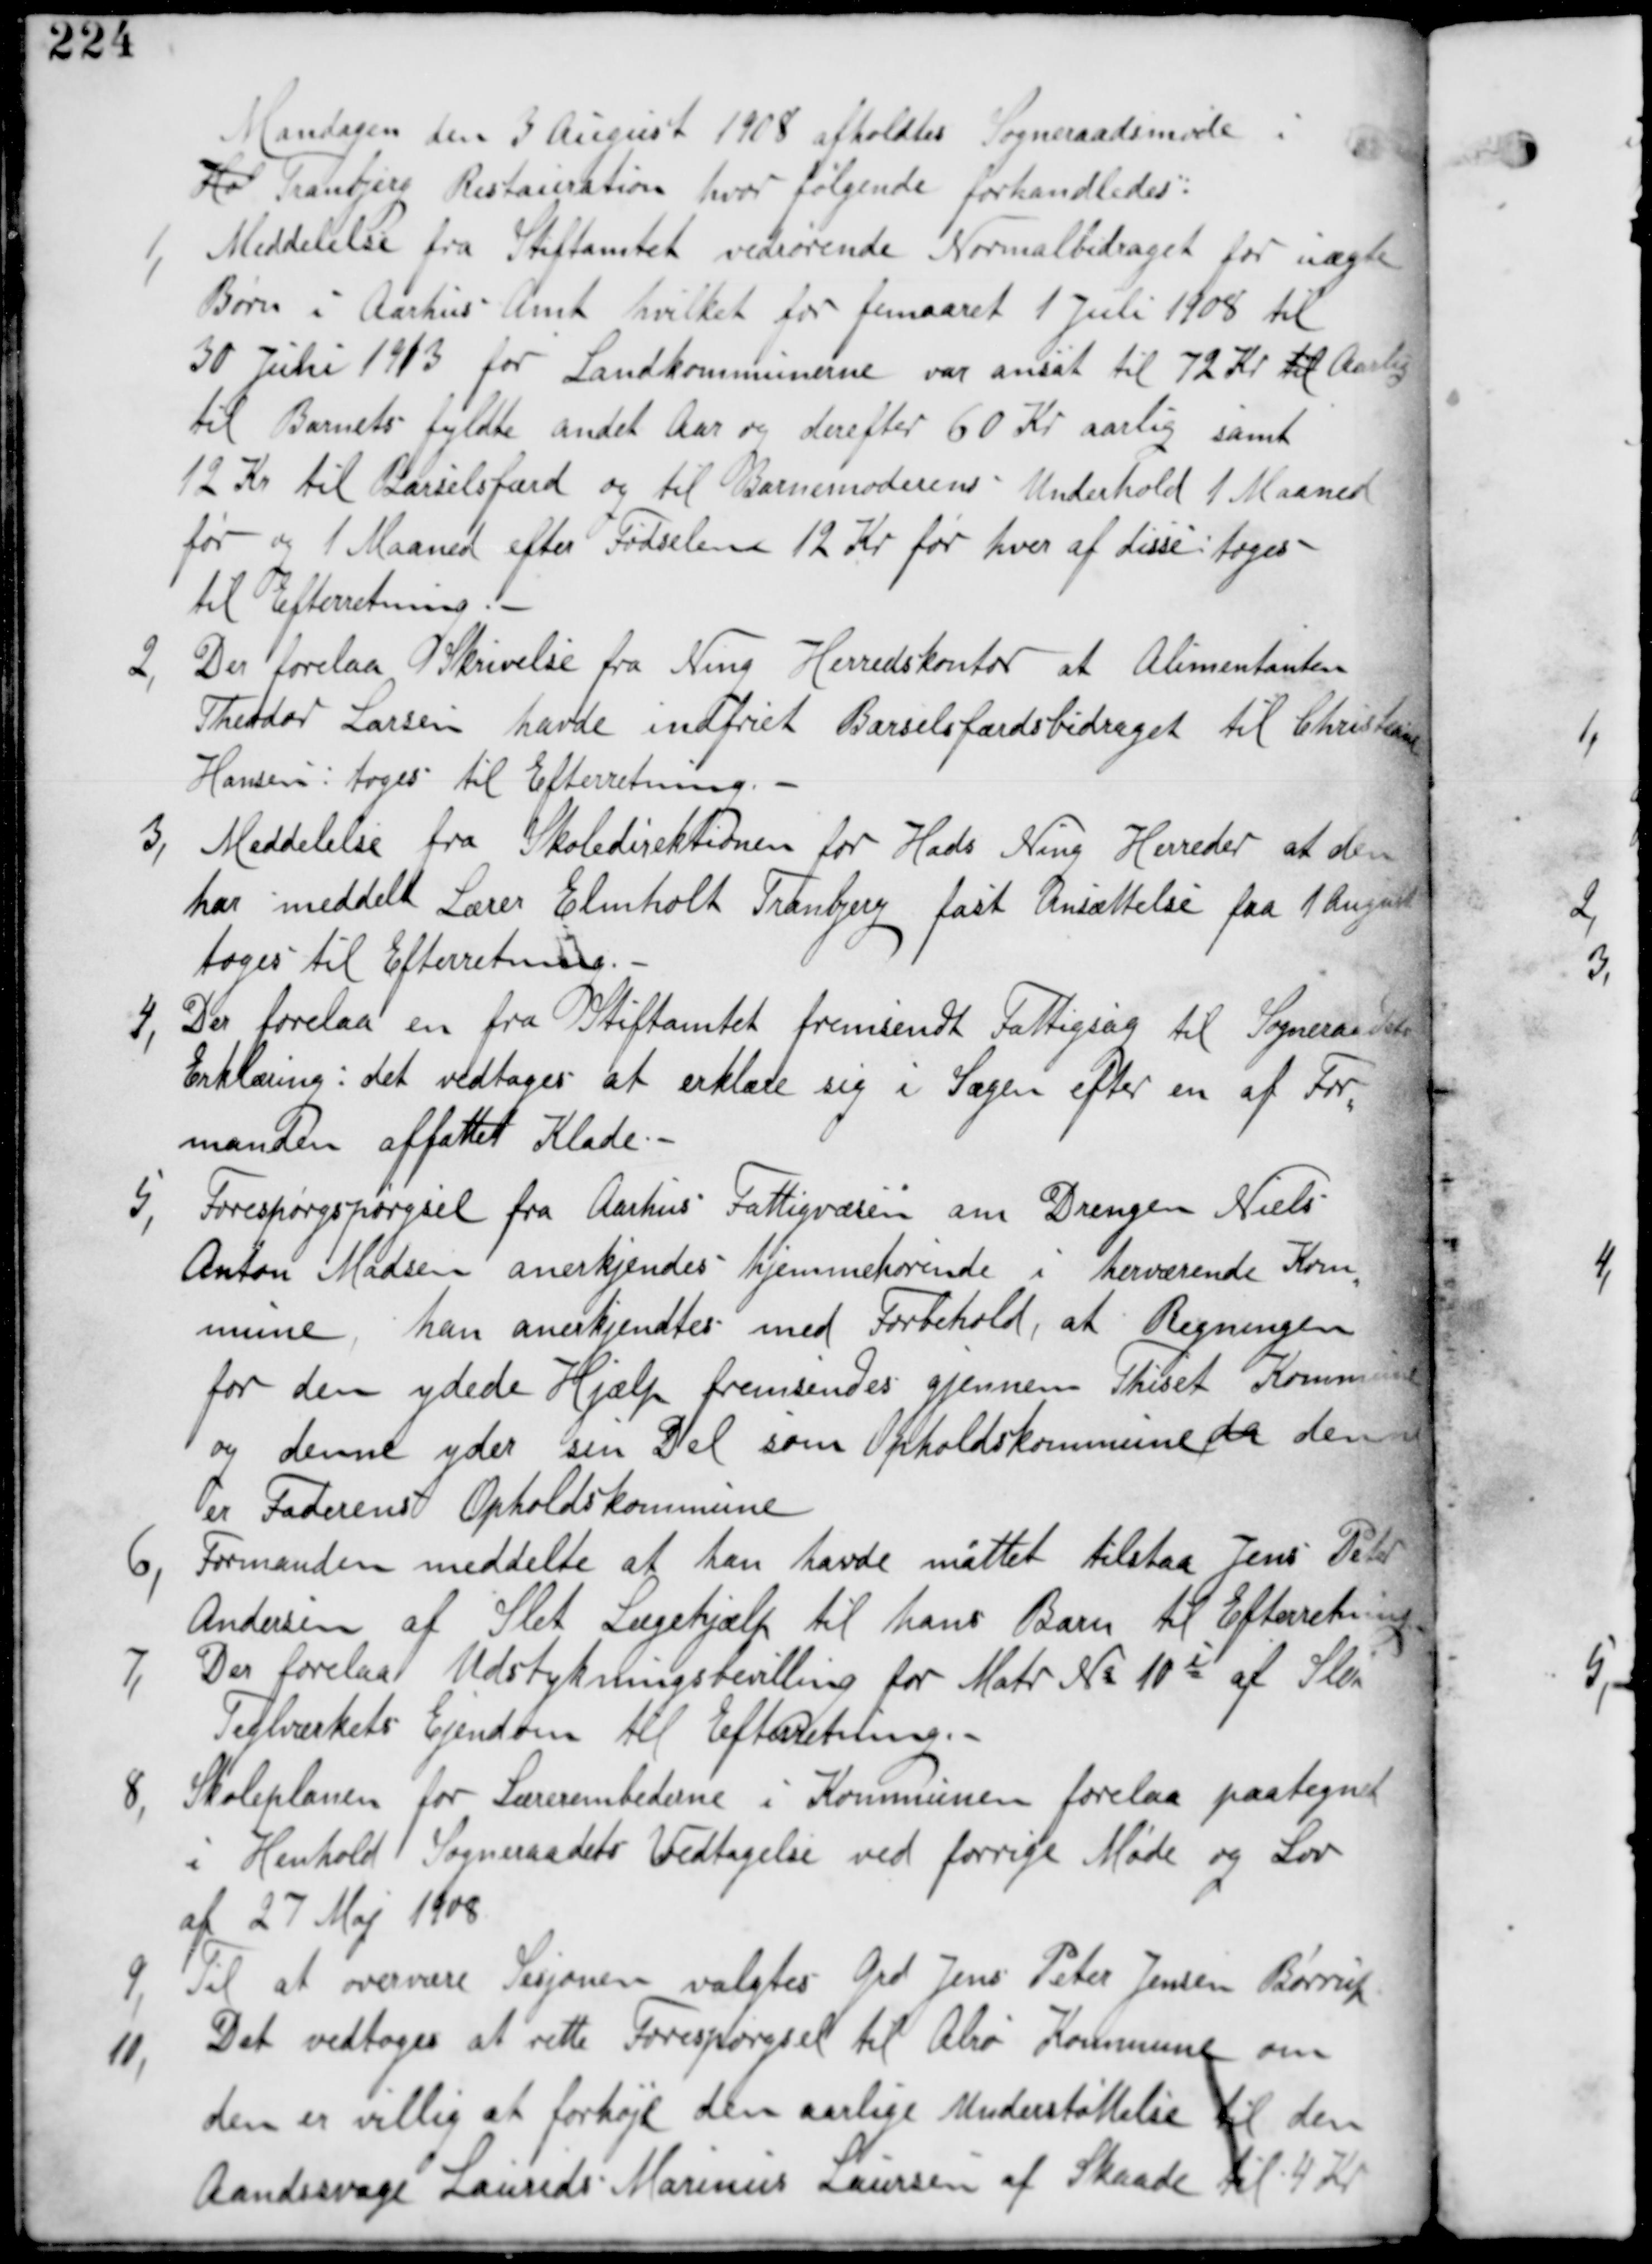
Transskription:
Mandagen den 3 August 1908 afholdes Sogneraadsmøde i
Tranbjerg Restauration hvor følgende forhandledes.

1,
Meddelelse fra Stiftamtet vedrørende Normalbidraget for uægte
Børn i Aarhus Amt hvilket for femaaret 1. Juli 1908 til
30 Juni 1913 for Landkommunerne var ansat til 72 Kr til Aarlig
til Barnets fyldte andet Aar og derefter 60 Kr Aarlig samt
12 Kr til Barselsfærd og til Barnemoderens Underhold 1 Maaned
før og 1 Maaned efter Fødselen 12 Kr for hver af disse tages
til Efterretning.

2, Der forelaa fra Ning Herredskontor at Alimentanten
Theodor Larsen havde indfriet Barselfærdsbidraget til Christiane
Hansen : tages til Efterretning

3, Meddelelse fra Skoledirektionen for Hads Ning Herreder at den
har meddelt Lærer Elmholt Tranbjerg fast Ansættelse fra 1 August
tages til Efterretning.

4, Der forelaa en fra Stiftamtet fremsendt Fattigsag til Sogneraadets
Erklæring : det vedtages at erklære sig i Sagen efter en af For-
manden affattet Klade.

5,
Forespørgspørgsel fra Aahus Fattigvæsen om Drengen Niels
Anton Madsen anerkjendes hjemmehørende i herværende Kom-
mune, han anerkjendes med Forbehold, at Regningen
for den ydede Hjælp fremsendes gjennem Thiset Kommune
og denne yder sin Del som Opholdskommune denne
er Faderens Opholdskommune.

6, Formanden meddelte at han havde måttet tilstaa Jens Peter
Andersen af Sleth Lægehjælp til hans Barn til Efterretning.

7,
Der forelaa Udstykningsbevilling for Matr Nr 10i af Sleth
Teglværkets Ejendom til Efterretning.

8, Skoleplanen for Lærerembederne i Kommunen forelaa paategnet
i Henhold Sogneraadets Vedtagelse ved forrige Møde og Lov
af 27 Maj 1908.

9,
Til at overvære Sesjonen valgtes Grd Jens Peter Jensen Børrup

10,
Det vedtages at rette Forespørgsel til Alrø Kommune om
den er villig til at forhøje den aarlige Understøttelse til den
Aandsvage Laurids Marinus Laursen af Skaade til 4 Kr.